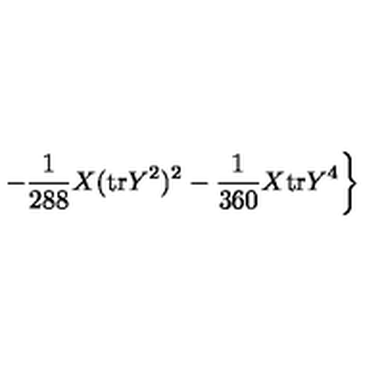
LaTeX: \left. - \frac { 1 } { 2 8 8 } X ( \mathrm { t r } Y ^ { 2 } ) ^ { 2 } - \frac { 1 } { 3 6 0 } X \mathrm { t r } Y ^ { 4 } \right\}